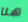
هنا